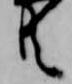
共